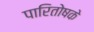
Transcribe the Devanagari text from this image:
पारितोषके